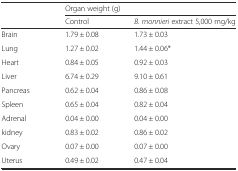
<table><thead><tr><td></td><td colspan="2"><b>Organ weight (g)</b></td></tr><tr><td></td><td><b>Control</b></td><td><b><i>B. monnieri</i> extract 5,000 mg/kg</b></td></tr></thead><tbody><tr><td>Brain</td><td>1.79 ± 0.08</td><td>1.73 ± 0.03</td></tr><tr><td>Lung</td><td>1.27 ± 0.02</td><td>1.44 ± 0.06*</td></tr><tr><td>Heart</td><td>0.84 ± 0.05</td><td>0.92 ± 0.03</td></tr><tr><td>Liver</td><td>6.74 ± 0.29</td><td>9.10 ± 0.61</td></tr><tr><td>Pancreas</td><td>0.62 ± 0.04</td><td>0.86 ± 0.08</td></tr><tr><td>Spleen</td><td>0.65 ± 0.04</td><td>0.82 ± 0.04</td></tr><tr><td>Adrenal</td><td>0.04 ± 0.00</td><td>0.04 ± 0.00</td></tr><tr><td>kidney</td><td>0.83 ± 0.02</td><td>0.86 ± 0.02</td></tr><tr><td>Ovary</td><td>0.07 ± 0.00</td><td>0.07 ± 0.00</td></tr><tr><td>Uterus</td><td>0.49 ± 0.02</td><td>0.47 ± 0.04</td></tr></tbody></table>